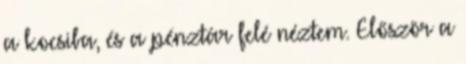
a kocsiba, és a pénztár felé néztem. Először a